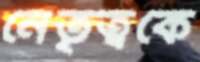
নেতৃত্বকে